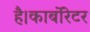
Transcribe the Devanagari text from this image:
है।कार्बोरेटर